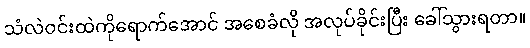
သံလဲဝင်းထဲကိုရောက်အောင် အစေခံလို အလုပ်ခိုင်းပြီး ခေါ်သွားရတာ။